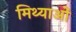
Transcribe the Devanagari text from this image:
मिथ्याओं